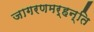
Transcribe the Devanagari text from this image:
जागरणमर्हन्ति